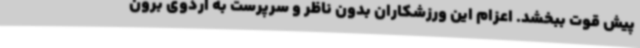
پیش قوت ببخشد. اعزام این ورزشکاران بدون ناظر و سرپرست به اردوی برون